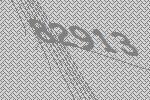
82913